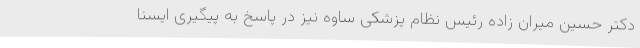
دکتر حسین میران زاده رئیس نظام پزشکی ساوه نیز در پاسخ به پیگیری ایسنا